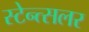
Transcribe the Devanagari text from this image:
स्टेन्त्सलर